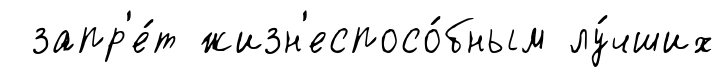
запр'е́т жизн'еспосо́бным лу́чших